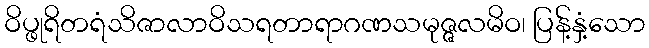
ဝိပ္ဖုရိတရံသိဇာလာဝိသရတာရာဂဏသမုဇ္ဇလမိဝ၊ ပြန့်နှံ့သော